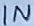
Text: IN